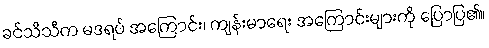
ခင်သီသီက မဒရပ် အကြောင်း၊ ကျန်းမာရေး အကြောင်းများကို ပြောပြ၏။